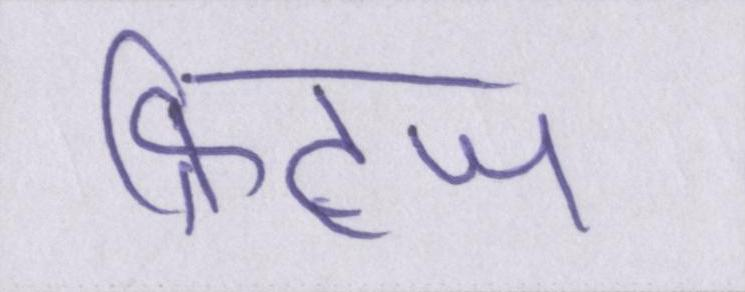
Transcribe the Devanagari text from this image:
फ्रिट्ज